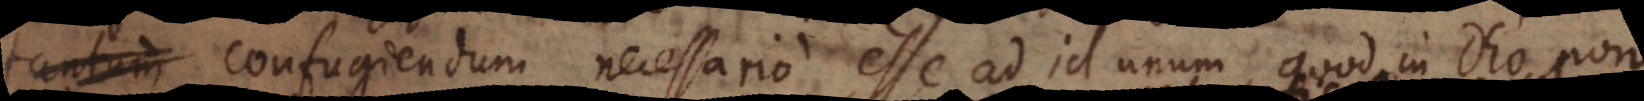
videtur confugiendum necessario esse ad id unum, quod in Deo non